Annual report on the working of the mental hospitals in the Madras Presidency - 1912-1932
Year: 1912
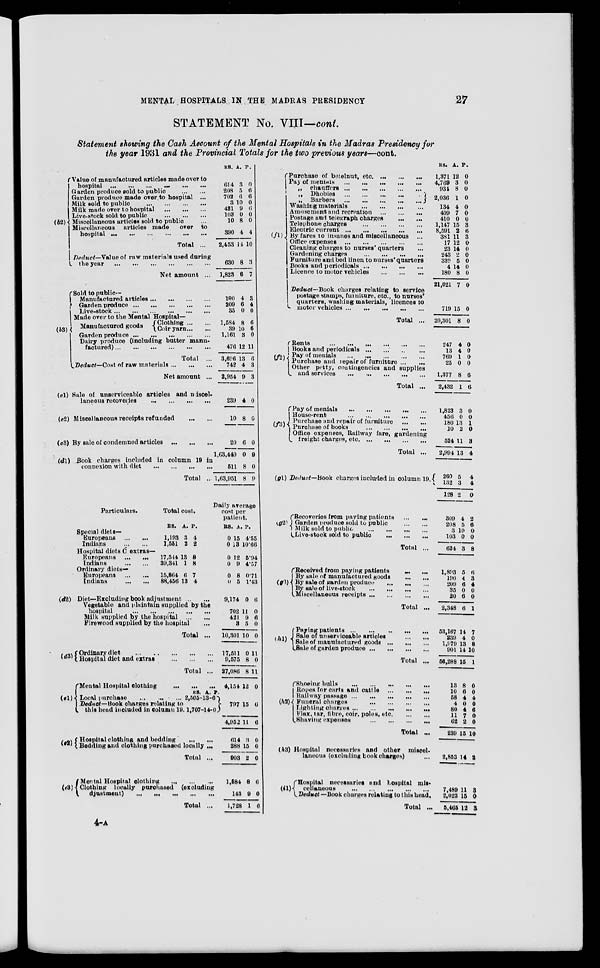
MENTAL HOSPHALS IN THE MADRAS PRESIDENCY
27
STATEMENT No. VIII— cont.
Statement showing the Cash Account of the Mental Hospitals in the Madras Presidency for
the year 1931 and the Provincial Totals for the two previous years—cont.
(b2)
Value of manufactured articles made over to
hospital ... ... ... ... ... ...
Garden produce sold to public ... ...
Garden produce made over to hospital ...
Milk sold to public ... ... ... ...
Milk made over to hospital ... ... ...
Live-stock sold to hospital ... ... ...
Miscellaneous articles sold to public ...
Miscellaneous articles made over to
hospital ... ... ... ...
Total ...
Deduct–– Value of row materials used during
the year ... ... ... ... ... ... ...
Net amount ...
(b3)
Sild to public––
Manufactured articles
Garden produce ... ...
Live-stock
Made over to the Mental Hospital –
Manufactured goods
Clothing ... ...
Coir yarn ... ...
Garden produce ... ...
Dairy produce (including butter manu-
factured) ... ... ... ... ... ...
Total ...
Deduct– Cost of row materials
Net amount
(c1)
(c2)
(c3)
Sale of unserviceable articles and miscel-
laneous recoveries ... ... ... ...
Miscellaneous receipts refunded ... ...
By sale of condemned articles ... ... ...
(d1) Book charges included in cloumn 19 in
connexion with diet ... ... ... ...
Total ...
Special diets–
Europeans ... ...
Indians
...
...
Hospital diets C extras–
Europeans ... ...
Indians ... ...
Ordinary diets–
Europeans
...
...
Indians ... ...
Total cost.
RS.
1,193
1,551
A.
3
2
P.
4
2
17,544
39,341
39,341
88,456
13
1
6
13
8
8
7
4
(d2) Diet– Excluding book adjustment ... ...
Vegetable and plaintain supplied by the
hospital ...
Milk supplied by the hospital
Firewood supplied by the hospital ...
Total ...
(d3)
Ordinary diet ...
Hospital diet and extras
Total ...
(e1)
Mental Hospital clothing
Local purchased
Deduct– Book charges relating ti
this head included in column 19.
RS. A. P.
.. 2,505-13-6)
1,707-14-0)
(c2)
Hospital clothing and bedding ... ...
Bedding and clothing purchased locally ...
Total ...
(c3)
Mental Hospital clothing ... ... ...
Clothing locally purchased (excluding
adjudtment ) ... ... ... ... ...
RS.
614
208
702
3
421
103
10
390
2,453
630
1,823
190
209
35
1,584
39
1,161
476
1,696
742
2,954
239
10
20
1,63,440
511
1,63,951
A.
3
5
6
10
9
0
8
4
14
8
6
4
6
0
8
10
3
12
13
4
9
4
8
6
0
8
8
P.
0
6
6
0
6
0
0
4
10
3
7
3
4
0
6
6
0
11
6
3
3
0
0
0
9
0
9
Daily average
cost per
patient.
RS.
0
0
0
0
0
0
9,174
702
421
3
10,301
17,511
9,575
27,086
4,154
797
4,952
614
288
903
1,584
143
1,728
A.
15
13
12
9
8
5
0
11
9
5
10
0
8
8
12
15
11
3
15
2
8
9
1
P.
4.55
10.66
5.94
4.57
0.71
1.43
6
0
6
0
0
11
0
11
0
6
6
0
0
0
6
0
6
Purchase of betelnut, etc . ... ... ... ...
Pay of
menials
...
...
...
...
„ chauffers
...
...
...
...
„ Dhobies
...
...
...
...
...
„ Barbers
...
...
...
...
...
Washing materials
...
...
...
...
Amusement and recreation
...
...
...
Postage and telegraph charges
...
...
Telephone charges
...
...
...
...
Electric current
...
...
...
...
...
By fares to insanes and miscellaneous ...
Office expenses
...
...
...
Cleaning charges to nurses' quarters ...
Gardening charges
...
...
...
...
Furniture and bed linen to nurses' quarters
Books and periodicals
...
...
...
...
Licence to motor vehicles
...
...
...
Deduct—Book charges relating to service
postage stamps, furniture, etc., to nurses'
quarters, washing materials, licences to
motor vehicles
...
...
...
...
...
Total ...
(f2)
Rents
...
...
...
...
...
...
Books and periodicals
...
...
...
Pay of menials
...
...
...
...
Purchase and repair of furniture ...
...
Other petty, contingencies and supplies
and services
...
...
...
...
Total ...
(f3)
Pay of menials ... ... ... ... ...
House-rent
...
...
...
...
...
Purchase and repair of furniture
...
...
Purchase of books
...
...
...
...
Office expenses, Railway fare, gardening
freight charges,
etc.
...
...
...
...
Total ...
(g1) Deduct—Book charges included in column 19.
(g2)
Recoveries from paying patients ... ...
Garden produce sold to public
...
...
Milk sold to public
...
...
...
...
Live-stock sold to
public
...
...
...
Total ...
(g3)
Received from paying patients
...
...
By sale of manufactured goods
...
...
By sale of garden produce ... ... ...
By sale of live-stock
...
...
...
...
Miscellaneous receipts ... ... ... ...
Total ...
(h1)
Paying patients
...
...
...
...
Sale of unserviceable articles ... ...
Sale of manufactured goods
...
...
...
Sale of garden produce
...
...
...
...
Total ...
(hi
Shoeing bulls
...
...
...
...
Ropes for carts and cattle
...
...
...
Railway passage
...
...
...
...
...
Funeral charges ... ... ...
Lighting charges
...
...
...
...
Flax, tar, fibre, coir, poles,
etc.
...
...
Shaving
expenses
...
...
...
...
Total ...
(h3)
(i1)
Hospital necessaries and other miscel-
laneous (excluding book charges) ...
Hospital necessaries and hospital mis-
cellaneous
...
...
...
...
...
Deduct —Book charges relating to this head.
Total ...
RS.
1,371
4,769
934
2,036
134
409
410
1,147
8,591
381
17
23
243
330
4
180
21,021
719
20,301
247
13
769
25
1,377
2,432
1,823
456
180
10
524
2,994
260
132
128
309
208
3
103
624
1,893
190
209
35
20
2,348
53,167
239
1,979
901
56,288
13
10
58
4
80
11
62
239
2,853
7,489
2,023
5,465
A.
12
3
8
1
4
7
0
15
2
11
12
14
2
5
14
8
7
15
8
4
4
1
0
8
1
3
0
13
2
11
13
5
3
2
4
5
10
0
3
5
4
6
0
6
6
14
4
13
14
15
8
6
4
9
4
7
2
15
14
11
15
12
P.
0
0
0
0
0
0
0
3
6
3
0
0
0
0
0
0
0
0
0
0
0
0
0
6
6
0
0
1
0
3
4
4
4
0
2
6
0
0
8
6
3
4
0
0
1
7
0
8
10
1
0
0
4
0
6
0
0
10
2
3
0
3
4-A